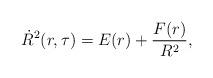
LaTeX: \begin{align*} \dot{R}^2(r,\tau)=E(r)+\frac{F(r)}{R^2},\end{align*}